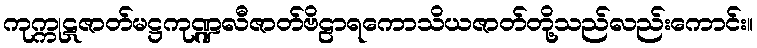
ကုက္ကုဋဇာတ်မဋ္ဌကုဏ္ဍလီဇာတ်ဗိဠာရကောသိယဇာတ်တို့သည်လည်းကောင်း။